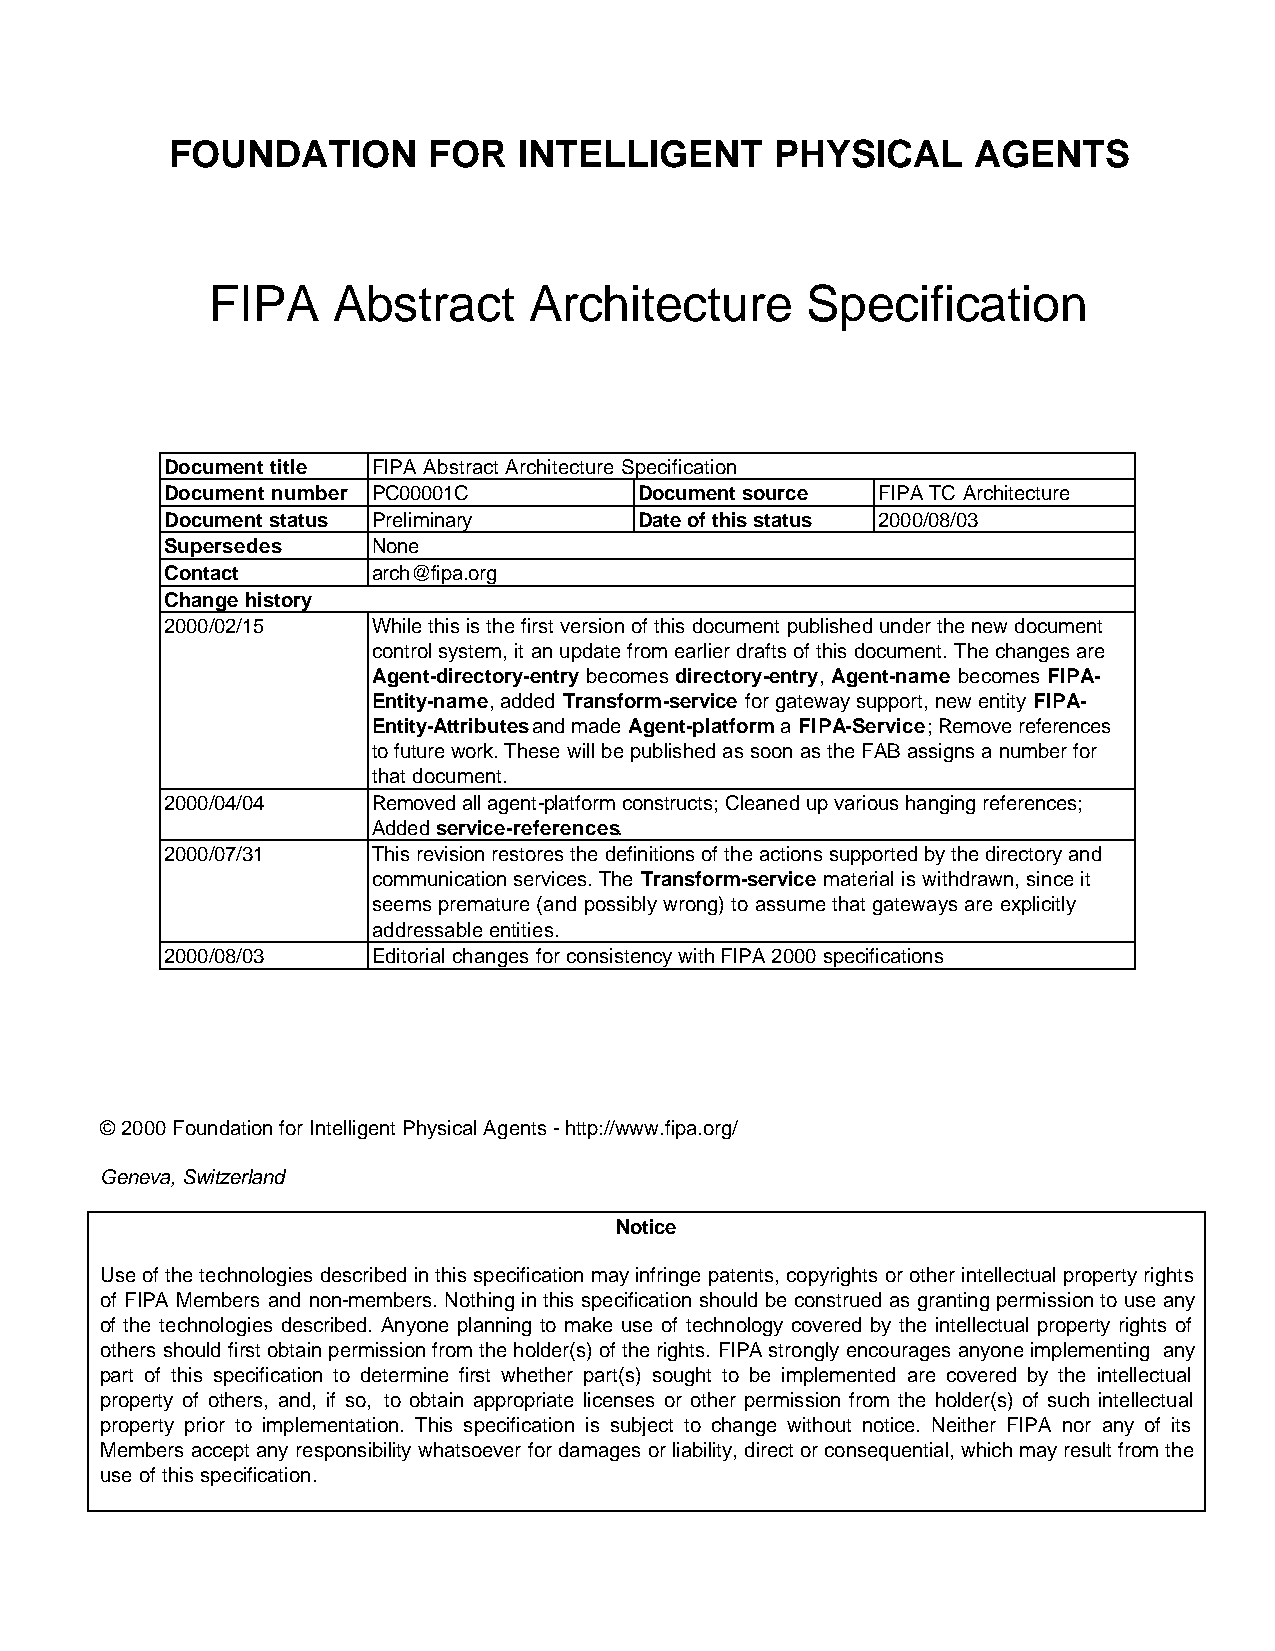
FOUNDATION       FOR   INTELLIGENT      PHYSICAL     AGENTS
 FIPA    Abstract     Architecture      Specification
 Document title FIPA Abstract Architecture Specification
 Document number PC00001C       Document source FIPA TC Architecture
 Document status Preliminary    Date of this status 2000/08/03
 Supersedes    None
 Contact       arch@fipa.org
 Change history
 2000/02/15    While this is the first version of this document published under the new document
 control system, it an update from earlier drafts of this document. The changes are
 Agent-directory-entry becomes directory-entry, Agent-name becomes FIPA-
 Entity-name, added Transform-service for gateway support, new entity FIPA-
 Entity-Attributes and made Agent-platform a FIPA-Service; Remove references
 to future work. These will be published as soon as the FAB assigns a number for
 that document.
 2000/04/04    Removed all agent-platform constructs; Cleaned up various hanging references;
 Added service-references.
 2000/07/31    This revision restores the definitions of the actions supported by the directory and
 communication services. The Transform-service material is withdrawn, since it
 seems premature (and possibly wrong) to assume that gateways are explicitly
 addressable entities.
 2000/08/03    Editorial changes for consistency with FIPA 2000 specifications
 © 2000 Foundation for Intelligent Physical Agents - http://www.fipa.org/
 Geneva, Switzerland
 Notice
 Use of the technologies described in this specification may infringe patents, copyrights or other intellectual property rights
 of FIPA Members and non-members. Nothing in this specification should be construed as granting permission to use any
 of the technologies described. Anyone planning to make use of technology covered by the intellectual property rights of
 others should first obtain permission from the holder(s) of the rights. FIPA strongly encourages anyone implementing any
 part of this specification to determine first whether part(s) sought to be implemented are covered by the intellectual
 property of others, and, if so, to obtain appropriate licenses or other permission from the holder(s) of such intellectual
 property prior to implementation. This specification is subject to change without notice. Neither FIPA nor any of its
 Members accept any responsibility whatsoever for damages or liability, direct or consequential, which may result from the
 use of this specification.